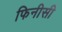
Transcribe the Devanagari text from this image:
फिनीसी